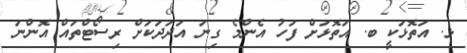
ޅ. އަތޮޅަކީ ބ. އަތޮޅަށް ފަހު އެންމެ ގިނަ އަދަދަކަށް ރިސޯޓްތައް އޮންނަ